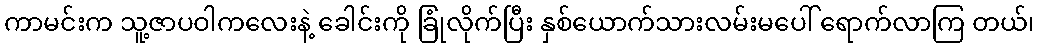
ကာမင်းက သူ့ဇာပဝါကလေးနဲ့ ခေါင်းကို ခြုံလိုက်ပြီး နှစ်ယောက်သားလမ်းမပေါ် ရောက်လာကြ တယ်၊